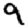
Digit: 9